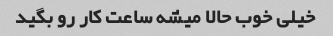
خیلی خوب حالا میشه ساعت کار رو بگید